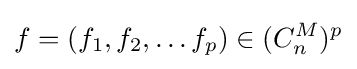
f=(f_{1},f_{2},\ldots f_{p})\in (C_{n}^{M})^{p}